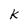
Character: k